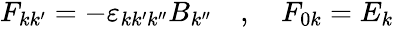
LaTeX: \begin{array}{r}{F_{kk^{\prime}}=-\varepsilon_{kk^{\prime}k^{\prime\prime}}B_{k^{\prime\prime}}\quad,\quad F_{0k}=E_{k}}\end{array}